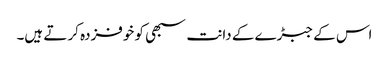
اس کے جبڑے کے دانت سبھی کو خوفزدہ کر تے ہیں۔